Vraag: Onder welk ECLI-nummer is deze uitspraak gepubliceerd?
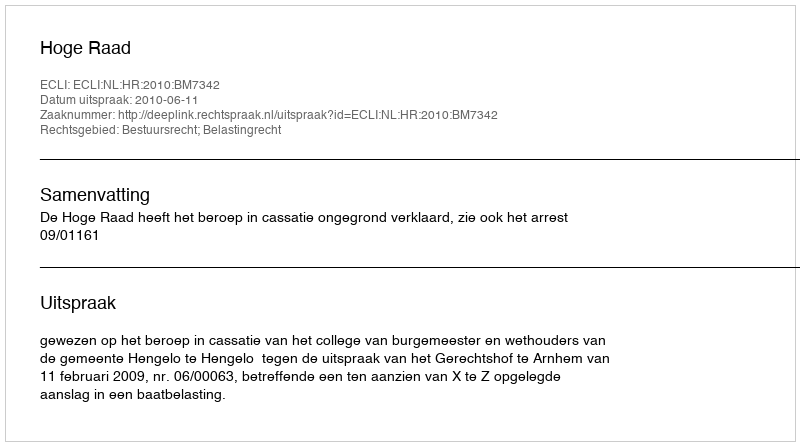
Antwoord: ECLI:NL:HR:2010:BM7342